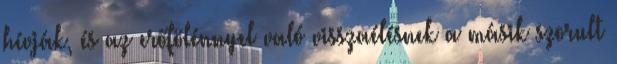
hívják, és az erőfölénnyel való visszaélésnek a másik szorult